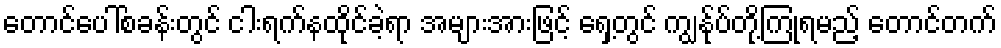
တောင်ပေါ်စခန်းတွင် ငါးရက်နထိုင်ခဲ့ရာ အများအားဖြင့် ရှေ့တွင် ကျွန်ုပ်တို့ကြုံရမည့် တောင်တက်